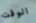
الوقت